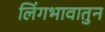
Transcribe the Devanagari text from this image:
लिंगभावातुन